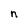
Character: n